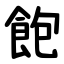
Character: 飽